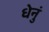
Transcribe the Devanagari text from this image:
धेनुं